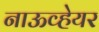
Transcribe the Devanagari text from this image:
नाऊव्हेयर